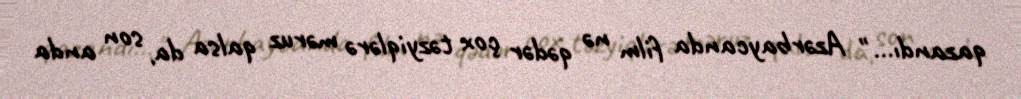
qazandı…" Azərbaycanda film nə qədər çox təzyiqlərə məruz qalsa da, son anda